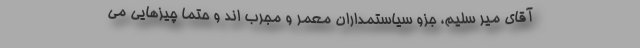
آقای میر سلیم، جزو سیاستمداران معمر و مجرب اند و حتماً چیزهایی می